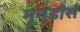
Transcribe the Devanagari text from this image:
मूनडांस